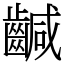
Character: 䶢